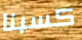
كسبنا